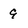
Character: 9